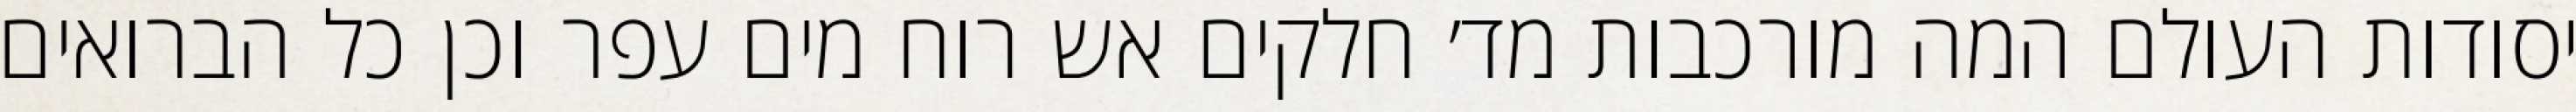
יסודות העולם המה מורכבות מד׳ חלקים אש רוח מים עפר וכן כל הברואים